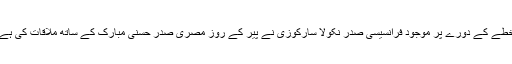
خطّے کے دورے پر موجود فرانسیسی صدر نکولا سارکوزی نے پیر کے روز مصری صدر حسنی مبارک کے ساتھ ملاقات کی ہے۔